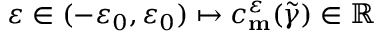
\varepsilon \in ( - \varepsilon _ { 0 } , \varepsilon _ { 0 } ) \mapsto c _ { \mathbf { m } } ^ { \varepsilon } ( \widetilde { \gamma } ) \in \mathbb { R }